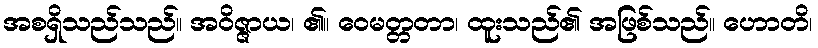
အစရှိသည်သည်။ အဝိဇ္ဇာယ၊ ၏။ ဝေမတ္တတာ၊ ထူးသည်၏ အဖြစ်သည်။ ဟောတိ၊